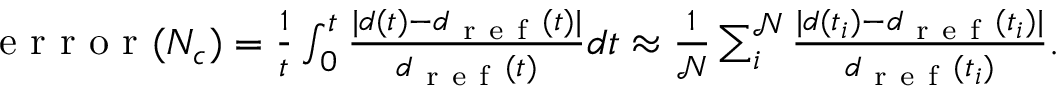
\begin{array} { r } { \mathrm { ~ e ~ r ~ r ~ o ~ r ~ } ( N _ { c } ) = \frac { 1 } { t } \int _ { 0 } ^ { t } \frac { | d ( t ) - d _ { \mathrm { ~ r ~ e ~ f ~ } } ( t ) | } { d _ { \mathrm { ~ r ~ e ~ f ~ } } ( t ) } d t \approx \frac { 1 } { \mathcal { N } } \sum _ { i } ^ { \mathcal { N } } \frac { | d ( t _ { i } ) - d _ { \mathrm { ~ r ~ e ~ f ~ } } ( t _ { i } ) | } { d _ { \mathrm { ~ r ~ e ~ f ~ } } ( t _ { i } ) } . } \end{array}